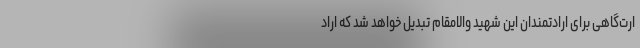
ارت‌گاهی برای ارادتمندان این شهید والامقام تبدیل خواهد شد که اراد